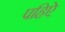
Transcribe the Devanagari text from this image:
पहिऐ